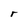
Character: r